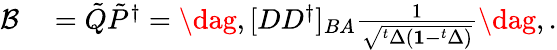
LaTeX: \begin{array}{rl}{\mathcal{B}}&{{}=\tilde{Q}\tilde{P}^{\dagger}=\dag,[DD^{\dagger}]_{BA}\frac{1}{\sqrt{^t\Delta(\mathbf{1}-^{t}\Delta)}}\dag,.}\end{array}